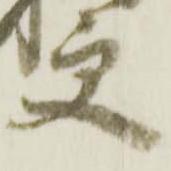
更